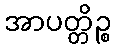
အာပတ္တိဉ္စ